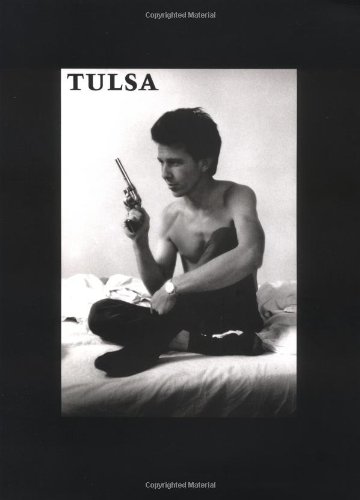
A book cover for Tulsa; Larry Clark; Politics & Social Sciences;